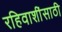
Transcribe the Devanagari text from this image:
रहिवाशींसाठी